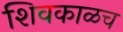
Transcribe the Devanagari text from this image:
शिवकाळच